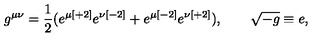
g ^ { \mu \nu } = { \frac { 1 } { 2 } } ( e ^ { \mu { [ + 2 ] } } e ^ { \nu { [ - 2 ] } } + e ^ { \mu { [ - 2 ] } } e ^ { \nu { [ + 2 ] } } ) , \qquad \sqrt { - g } \equiv e ,